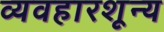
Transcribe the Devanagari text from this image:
व्यवहारशून्य